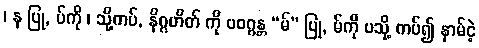
၊ န ပြု, ပ်ကို ၊ သို့ကပ်, နိဂ္ဂဟိတ် ကို ပဝဂ္ဂန္တ “မ်” ပြု, မ်ကို ပသို့ ကပ်၍ နာမ်ငဲ့